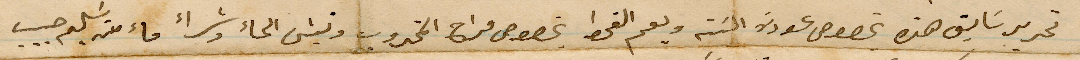
تحرير سابق هذه بخصوص عودة النية ويعم القحط بخصوص مراح المجذوب ونبع الماء وشراء ماء منه يسلم حبيب